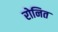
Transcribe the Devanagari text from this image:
रोनित